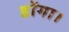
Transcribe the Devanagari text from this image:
डोंगा।